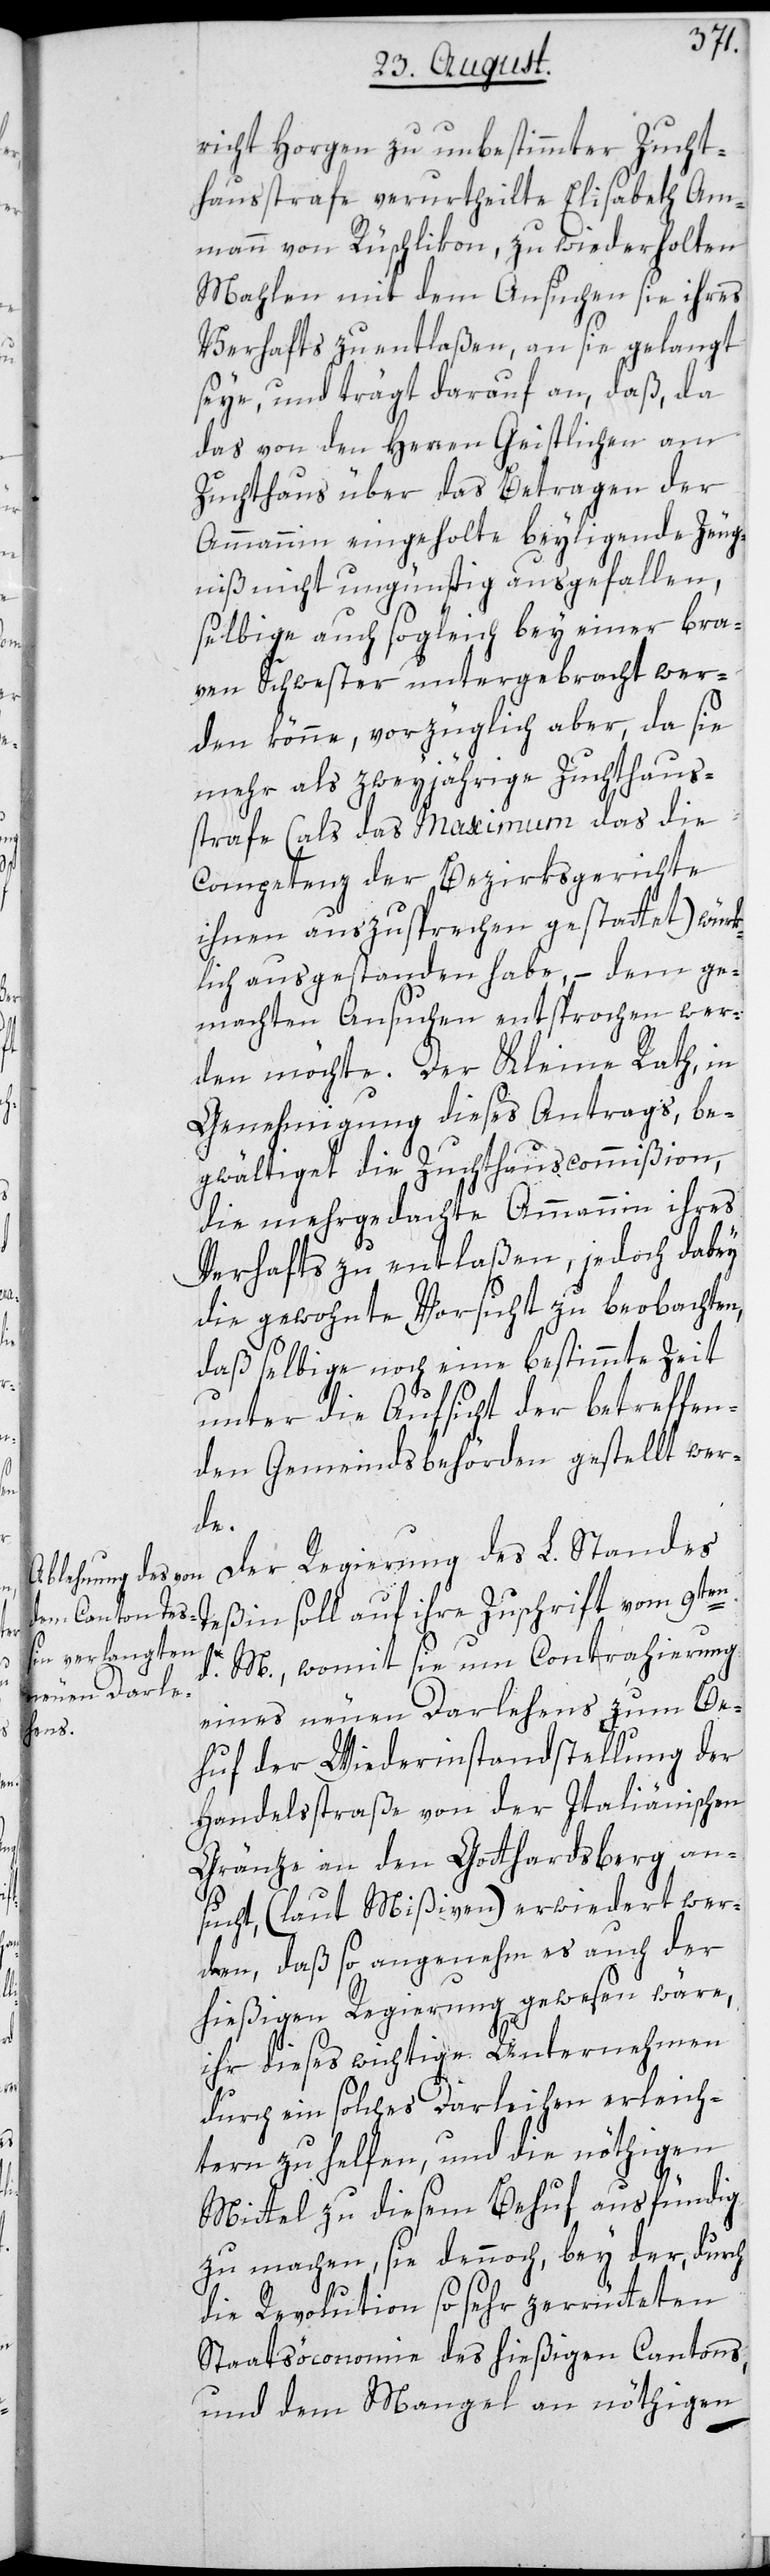
richt Horgen zu unbestimmer Zucht¬
hausstrafe verurtheilte Elisabeth Am¬
mann von Rüschlikon, zu wiederholten
Mahlen mit dem Ansuchen sie ihres
Verhafts zu entlaßen, an sie gelangt
seye, und trägt darauf an, daß, da
das von den Herren Geistlichen am
Zuchthaus über das Betragen der
Ammannin eingeholte beyliegende Zeug¬
niß nicht ungünstig ausgefallen,
selbige auch sogleich bey einer bra¬
ven Schwester untergebracht wer¬
den könne, vorzüglich aber, da sie
mehr als zweyjährige Zuchthaus¬
strafe (als das Maximum das die
Competenz der Bezirksgerichte
ihnen auszusprechen gestattet) würk¬
lich ausgestanden habe, – dem ge¬
machten Ansuchen entsprochen wer¬
den möchte. Der Kleine Rath, in
Genehmigung dieses Antrags, be¬
gwältigt die Zuchthauscommißion,
die mehrgedachte Ammannin ihres
Verhafts zu entlaßen, jedoch dabey
die gewohnte Vorsicht zu beobachten,
daß selbige noch eine bestimmte Zeit
unter die Aufsicht der betreffen¬
den Gemeindsbehörden gestellt wer¬
de.
Der Regierung des L. Standes
Teßin soll auf ihre Zuschrift vom 9ten
d. M., womit sie um Contrahierung
eines neuen Darlehens zum Be¬
huf der Wiederinstandstellung der
Handelsstraße von der Italiänischen
Gränze an den Gotthardsberg an¬
sucht, (laut Mißiven) erwidert wer¬
den, daß so angenehm es auch der
hießigen Regierung gewesen wäre,
ihr dieses wichtige Unternehmen
durch ein solches Darleihen erleich¬
tern zu helfen, und die nöthigen
Mittel zu diesem Behuf ausfündig
zu machen, sie dennoch bey der, durch
die Revolution so sehr zerrütteten
Staatsöconomie des hießigen Cantons,
und dem Mangel an nöthigen